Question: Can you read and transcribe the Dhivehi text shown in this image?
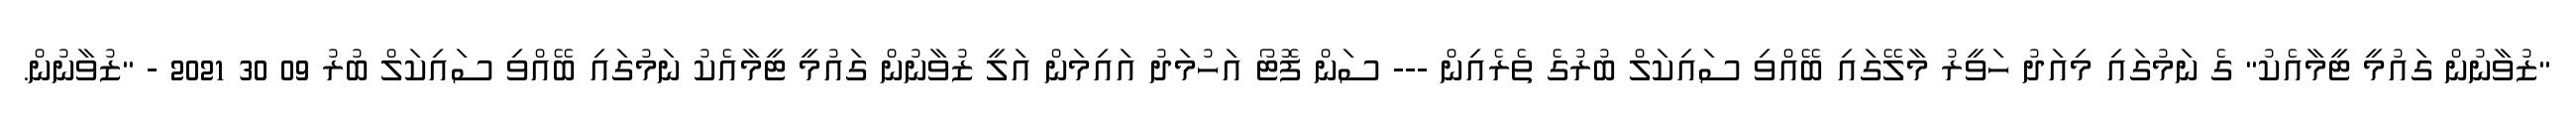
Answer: "ޒުވާނުން ގައުމީ ޓީމާއެކު" ގެ ނަމުގައި މިއަދު ހަވީރު މާލޭގައި ބޭއްވި ސައިކަލް ބުރުގެ ތެރެއިން --- ސަން ފޮޓޯ އަހުމަދު އައިމަން އަލީ ޒުވާނުން ގައުމީ ޓީމާއެކު ނަމުގައި ބޭއްވި ސައިކަލް ބުރު 09 30 2021 - "ޒުވާނުން.